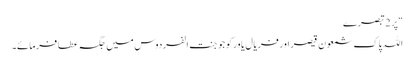
“ پر 2 تبصرے
اللہ پاک شمعون قیصر اور فریال یاور کو جو جنت الفردوس میں جگہ عطا فرمائے۔